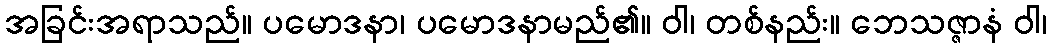
အခြင်းအရာသည်။ ပမောဒနာ၊ ပမောဒနာမည်၏။ ဝါ၊ တစ်နည်း။ ဘေသဇ္ဇာနံ ဝါ၊